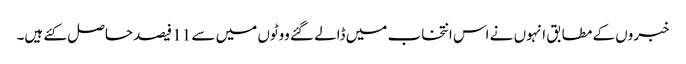
خبروں کے مطابق انہوں نے اس انتخاب میں ڈالے گئے ووٹوں میں سے 11 فیصد حاصل کئے ہیں۔